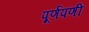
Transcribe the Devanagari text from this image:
पूर्णपणी